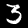
Label: 3